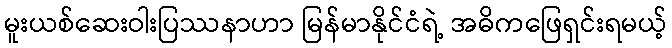
မူးယစ်ဆေးဝါးပြဿနာဟာ မြန်မာနိုင်ငံရဲ့ အဓိကဖြေရှင်းရမယ့်